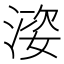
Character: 𱧢